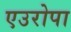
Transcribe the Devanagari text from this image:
एउरोपा